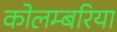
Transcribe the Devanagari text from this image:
कोलम्बरिया